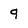
Character: q